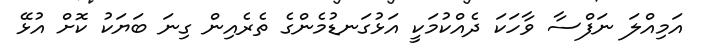
އަމިއްލަ ނަފްސާ ވާހަކަ ދެއްކުމަކީ އަޅުގަނޑުމެންގެ ތެރެއިން ގިނަ ބަޔަކު ކޮށް އުޅޭ